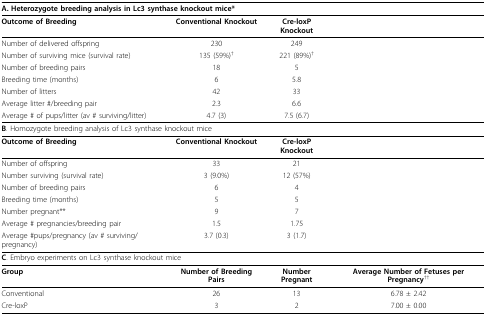
<table><thead><tr><td colspan="4"><b>A. Heterozygote breeding analysis in Lc3 synthase knockout mice*</b></td></tr></thead><tbody><tr><td><b>Outcome of Breeding</b></td><td><b>Conventional Knockout</b></td><td><b>Cre-loxP Knockout</b></td><td></td></tr><tr><td>Number of delivered offspring</td><td>230</td><td>249</td><td></td></tr><tr><td>Number of surviving mice (survival rate)</td><td>135 (59%)<sup>†</sup></td><td>221 (89%)<sup>†</sup></td><td></td></tr><tr><td>Number of breeding pairs</td><td>18</td><td>5</td><td></td></tr><tr><td>Breeding time (months)</td><td>6</td><td>5.8</td><td></td></tr><tr><td>Number of litters</td><td>42</td><td>33</td><td></td></tr><tr><td>Average litter #/breeding pair</td><td>2.3</td><td>6.6</td><td></td></tr><tr><td>Average # of pups/litter (av # surviving/litter)</td><td>4.7 (3)</td><td>7.5 (6.7)</td><td></td></tr><tr><td colspan="4"><b>B</b>. Homozygote breeding analysis of Lc3 synthase knockout mice</td></tr><tr><td><b>Outcome of Breeding</b></td><td><b>Conventional Knockout</b></td><td><b>Cre-loxP Knockout</b></td><td></td></tr><tr><td>Number of offspring</td><td>33</td><td>21</td><td></td></tr><tr><td>Number surviving (survival rate)</td><td>3 (9.0%)</td><td>12 (57%)</td><td></td></tr><tr><td>Number of breeding pairs</td><td>6</td><td>4</td><td></td></tr><tr><td>Breeding time (months)</td><td>5</td><td>5</td><td></td></tr><tr><td>Number pregnant**</td><td>9</td><td>7</td><td></td></tr><tr><td>Average # pregnancies/breeding pair</td><td>1.5</td><td>1.75</td><td></td></tr><tr><td>Average #pups/pregnancy (av # surviving/pregnancy)</td><td>3.7 (0.3)</td><td>3 (1.7)</td><td></td></tr><tr><td colspan="4"><b>C</b>. Embryo experiments on Lc3 synthase knockout mice</td></tr><tr><td><b>Group</b></td><td><b>Number of Breeding Pairs</b></td><td><b>Number Pregnant</b></td><td><b>Average Number of Fetuses per Pregnancy</b><sup>††</sup></td></tr><tr><td>Conventional</td><td>26</td><td>13</td><td>6.78 ± 2.42</td></tr><tr><td>Cre-loxP</td><td>3</td><td>2</td><td>7.00 ± 0.00</td></tr></tbody></table>